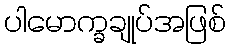
ပါမောက္ခချုပ်အဖြစ်